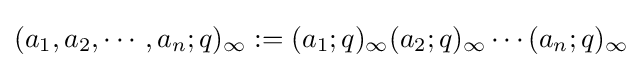
(a_{1},a_{2},\cdots ,a_{n};q)_{\infty }:=(a_{1};q)_{\infty }(a_{2};q)_{\infty }\cdots (a_{n};q)_{\infty }